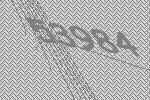
53984